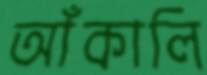
আঁকালি